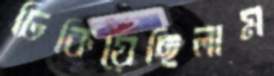
ঢিকিয়েছিলাম